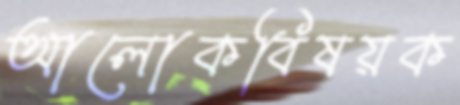
আলোকবিষয়ক